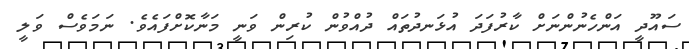
ސައޫދީ އަންހެނުންނަށް ކާރުފަދަ އުޅަނދުތައް ދުއްވުން ކުރިން ވަނީ މަނާކޮށްފައެވެ. ނަމަވެސް ވަލީ